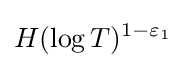
H(\log T)^{1-\varepsilon _{1}}